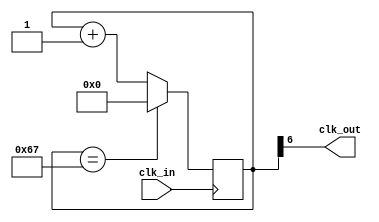
// This program was cloned from: https://github.com/Obijuan/open-fpga-verilog-tutorial
// License: GNU General Public License v2.0

//-----------------------------------------------------------------------------
//-- Divisor de frecuencia generico
//-- (c) BQ. August 2015. written by Juan Gonzalez (obijuan)
//-----------------------------------------------------------------------------
//-- GPL license
//-----------------------------------------------------------------------------


//-- Entrada: clk_in. Seal original
//-- Salida: clk_out. Seal de frecuencia 1/M de la original
module divider(input wire clk_in, output wire clk_out);

//-- Parametro: Divisor
parameter M = 104;

//-- Numero de bits para almacenar el divisor
//-- Se calculan con la funcion de verilog $clog2, que nos devuelve el 
//-- numero de bits necesarios para representar el numero M
//-- Es un parametro local, que no se puede modificar al instanciar
localparam N = $clog2(M);

//-- Registro para implementar el contador modulo M
reg [N-1:0] divcounter = 0;

//-- Contador mdulo M
always @(posedge clk_in)
  divcounter <= (divcounter == M - 1) ? 0 : divcounter + 1;

//-- Sacar el bit mas significativo por clk_out
assign clk_out = divcounter[N-1];

endmodule